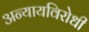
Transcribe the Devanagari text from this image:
अन्यायविरोधी